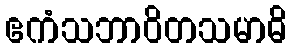
ဧကံသဘာဝိတသမာဓိ